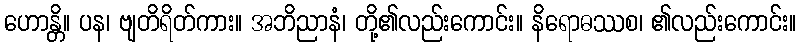
ဟောန္တိ။ ပန၊ ဗျတိရိတ်ကား။ အဘိညာနံ၊ တို့၏လည်းကောင်း။ နိရောဓဿစ၊ ၏လည်းကောင်း။